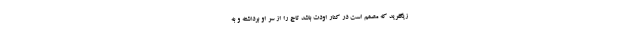
زیگفرید که مصمم است در کنار اودت باشد تاج را از سر او برداشته و به